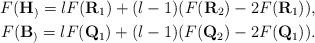
LaTeX: \begin{align*} F(\mathbf{H}_)=lF(\mathbf{R}_1)+(l-1)(F(\mathbf{R}_2)-2F(\mathbf{R}_1)),\\ F(\mathbf{B}_)=lF(\mathbf{Q}_1)+(l-1)(F(\mathbf{Q}_2)-2F(\mathbf{Q}_1)).\end{align*}